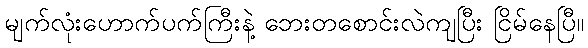
မျက်လုံးဟောက်ပက်ကြီးနဲ့ ဘေးတစောင်းလဲကျပြီး ငြိမ်နေပြီ။